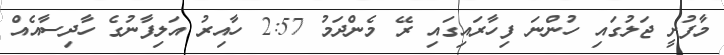
މާފުށީ ޖަލުގައި ހުންނަ ފިހާރައިގައި ރޭ މެންދަމު 2:57 ހާއިރު އަލިފާނުގެ ހާދިސާއެއް